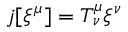
j [ \xi ^ { \mu } ] = T _ { \: \nu } ^ { \mu } \xi ^ { \nu }